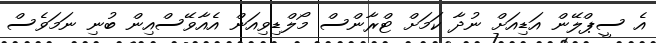
އެ ސީޕްލޭން އަޑިއަށް ނުދާ ކަމަށް ޓްރާންސް މޯލްޑިވިއަން އެއާވޭސްއިން ބުނި ނަމަވެސް